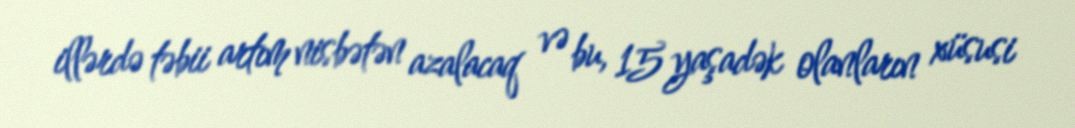
illərdə təbii artım nisbətən azalacaq və bu, 15 yaşadək olanların xüsusi